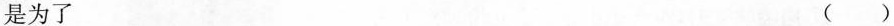
是为了( )